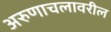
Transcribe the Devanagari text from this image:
अरुणाचलावरील